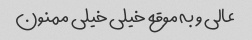
عالی و به موقع خیلی خیلی ممنون